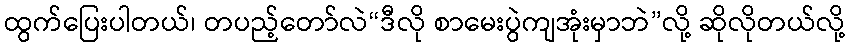
ထွက်ပြေးပါတယ်၊ တပည့်တော်လဲ“ဒီလို စာမေးပွဲကျအုံးမှာဘဲ”လို့ ဆိုလိုတယ်လို့